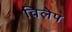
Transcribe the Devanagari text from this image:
विलेप